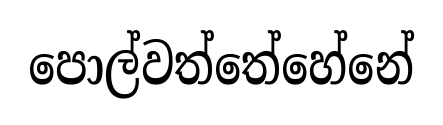
පොල්වත්තේහේනේ